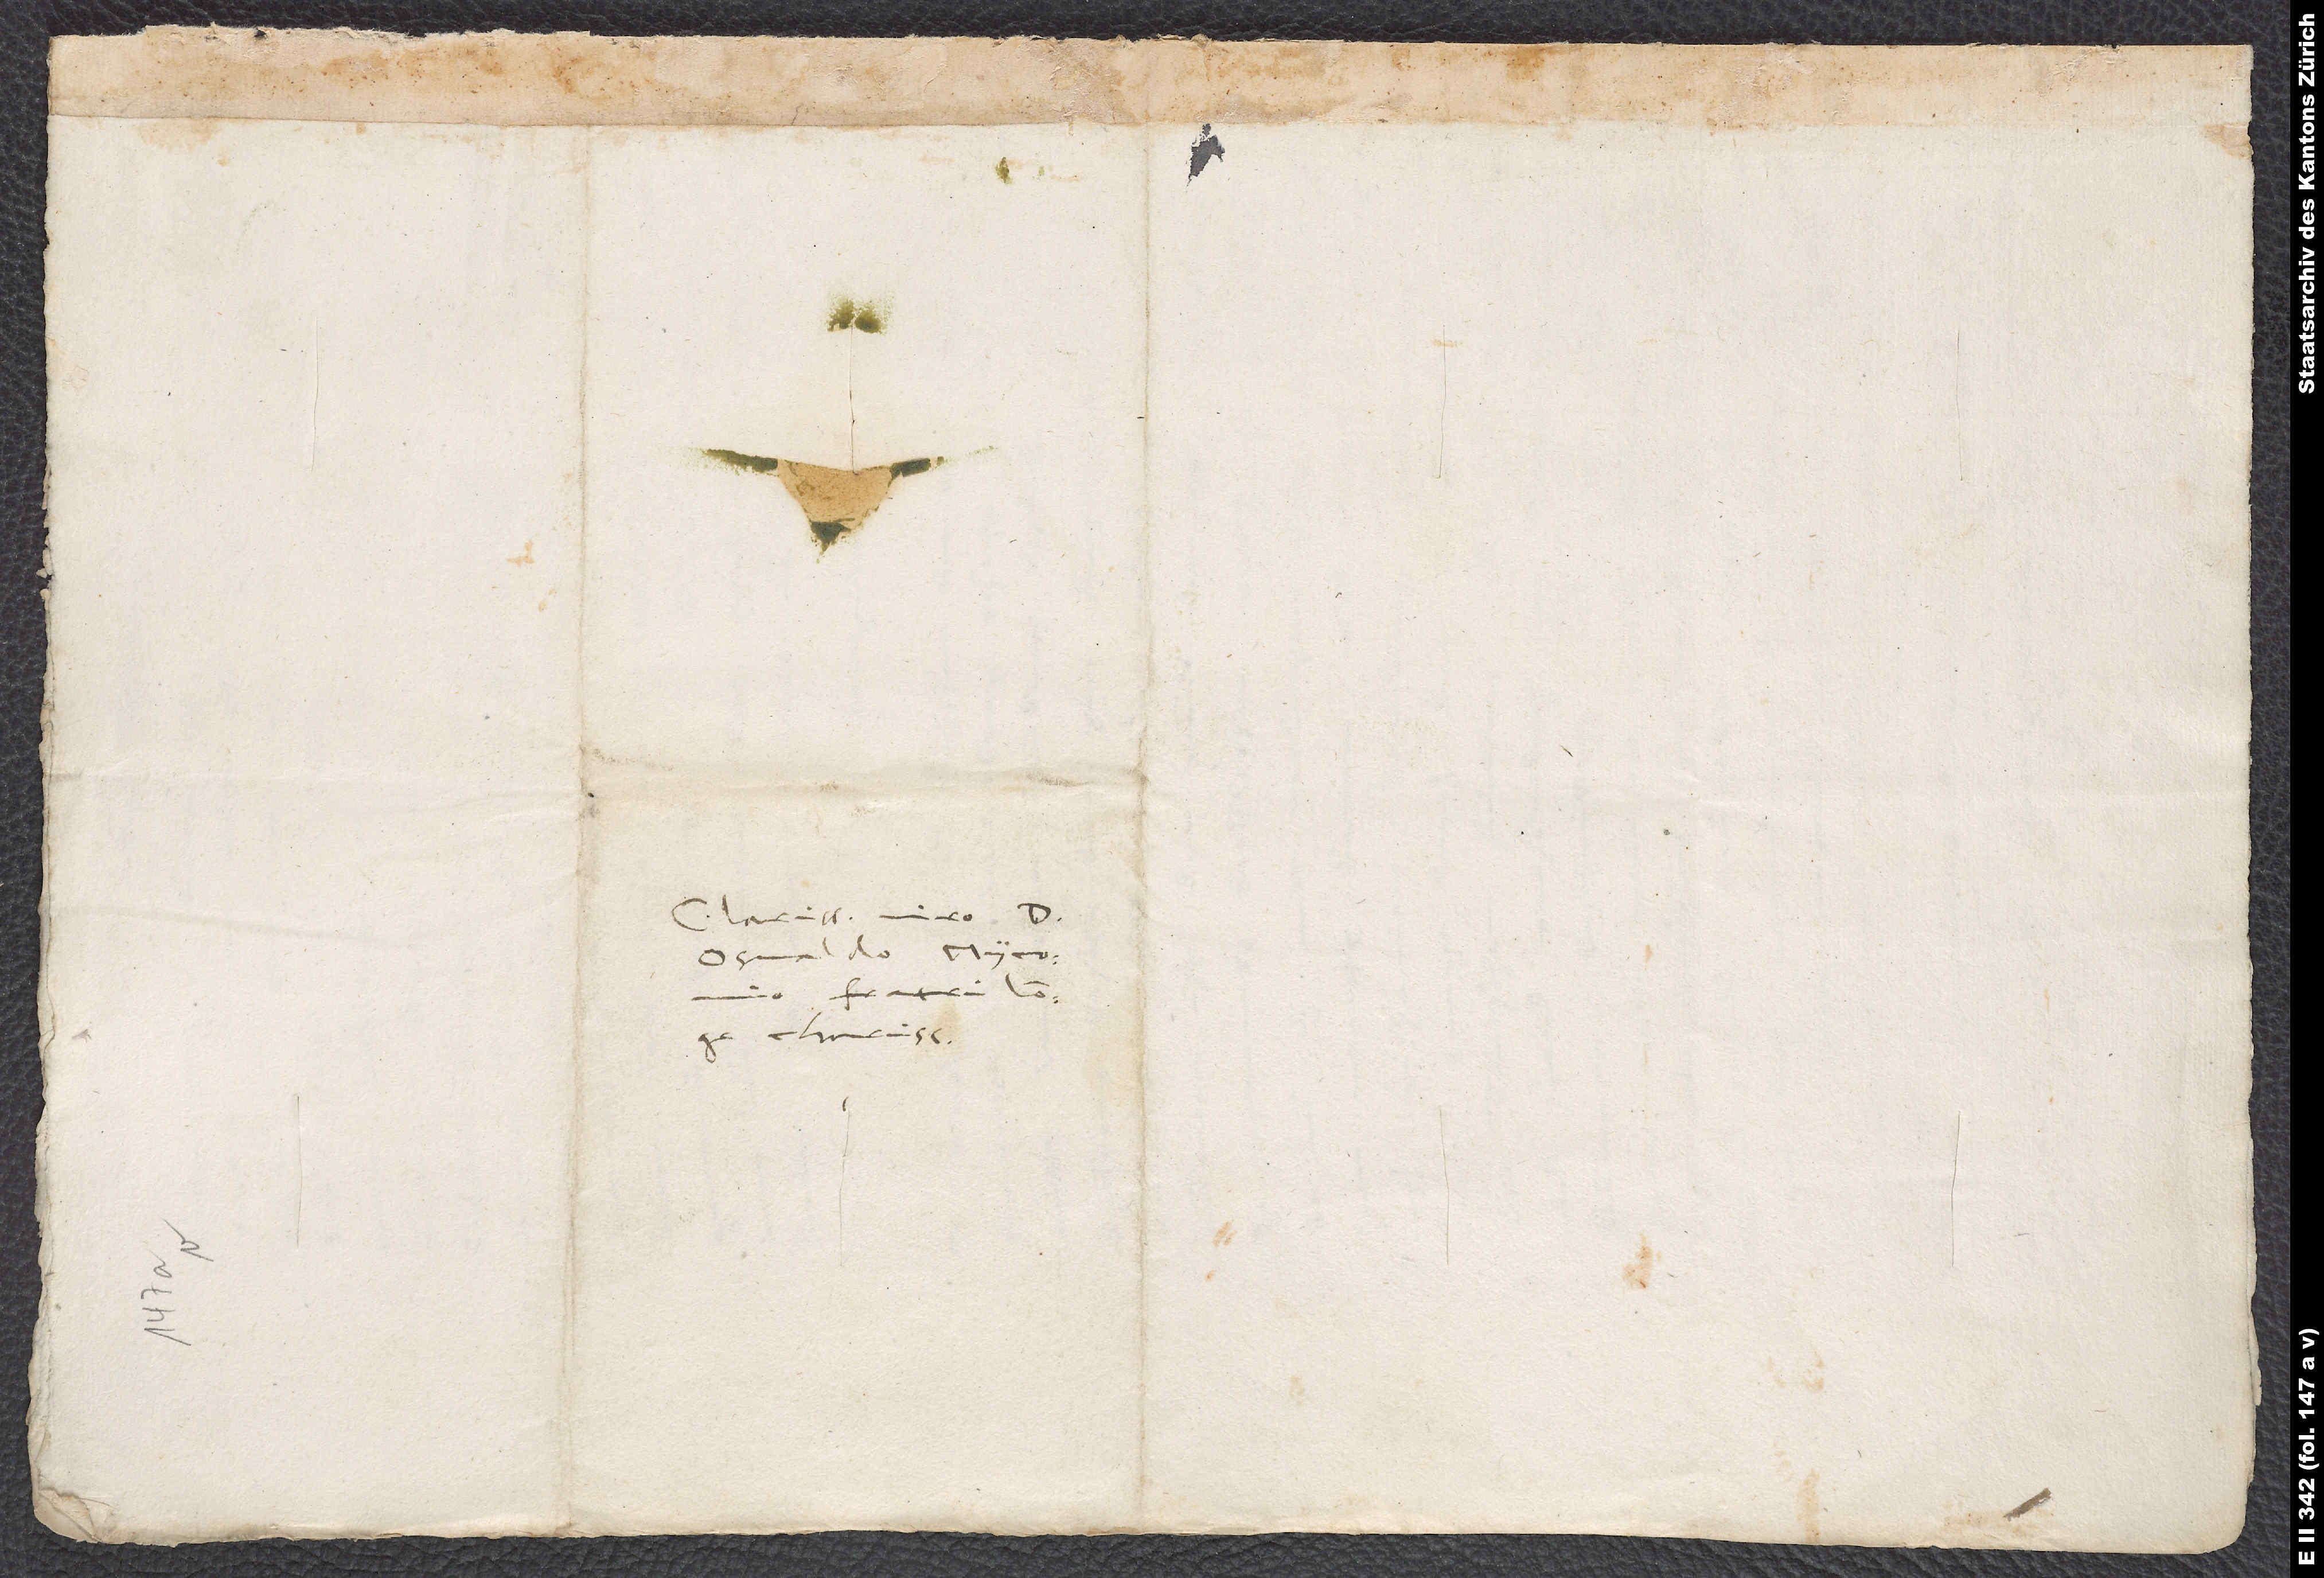
Clarissimo viro d.
Osvaldo Myconio,
fratri longe
charissimo.